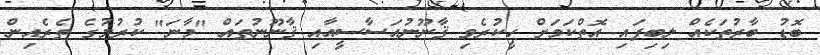
ބޮޑު ބާރުތަކެއް ލިބިފައި އޮތްކަމަށް ހީކުރެވި ޤާނޫނުއަސާސީއާއި ޤާނޫނުތައް "މާނަ" ކުރުމުގެ ތެރެއިން